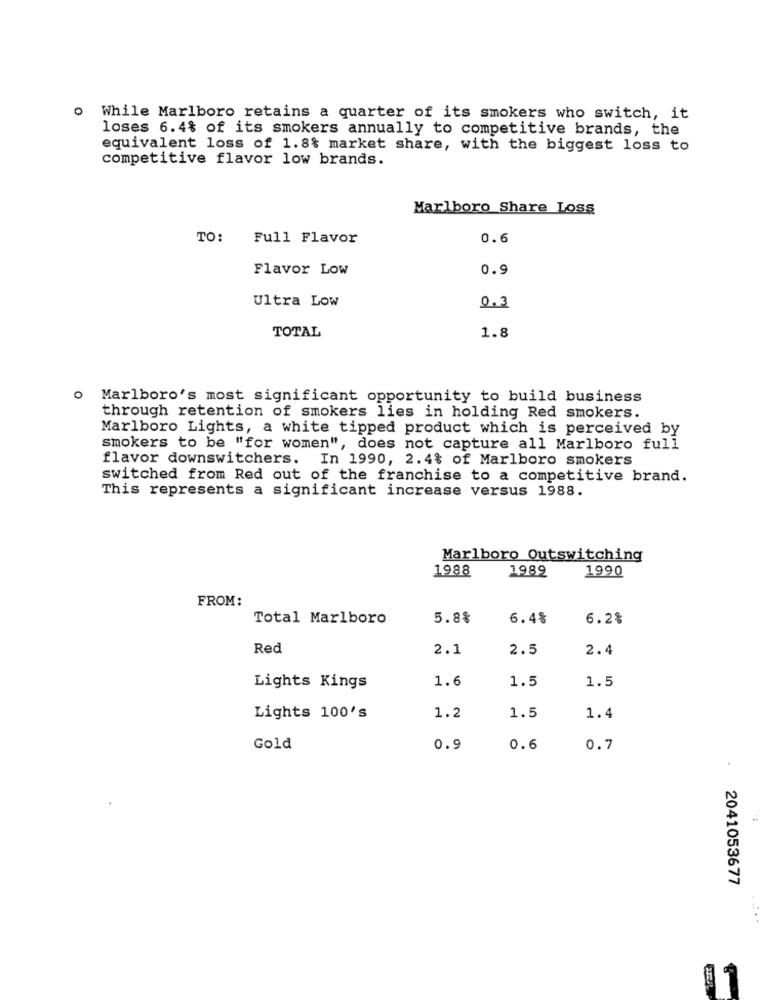
o While Marlboro retains a quarter of its smokers who switch, it
loses 6.4% of its smokers annually to competitive brands, the
equivalent loss of 1.8% market share, with the biggest loss to
competitive flavor low brands.
Marlboro Share Loss
TO: Full Flavor
0.6
Flavor Low
0.9
Ultra Low
0.3
TOTAL
1.8
O
Marlboro's most significant opportunity to build business
through retention of smokers lies in holding Red smokers.
Marlboro Lights, a white tipped product which is perceived by
smokers to be "for women", does not capture all Marlboro full
flavor downswitchers. In 1990, 2.4% of Marlboro smokers
switched from Red out of the franchise to a competitive brand.
This represents a significant increase versus 1988.
Marlboro Outswitching
1988
1989
1990
FROM:
Total Marlboro
5.8%
6.4%
6.2%
Red
2.1
2.5
2.4
1.6
1.5
1.5
Lights Kings
Lights 100's
1.2
1.5
1.4
Gold
0.9
0.6
0.7
.
2041053677